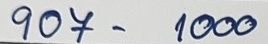
907 - 1000